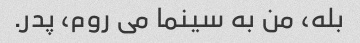
بله، من به سینما می روم، پدر.